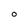
Character: O